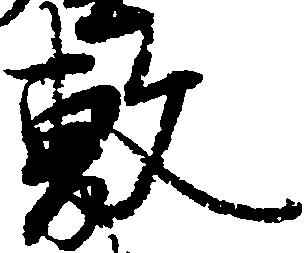
敷